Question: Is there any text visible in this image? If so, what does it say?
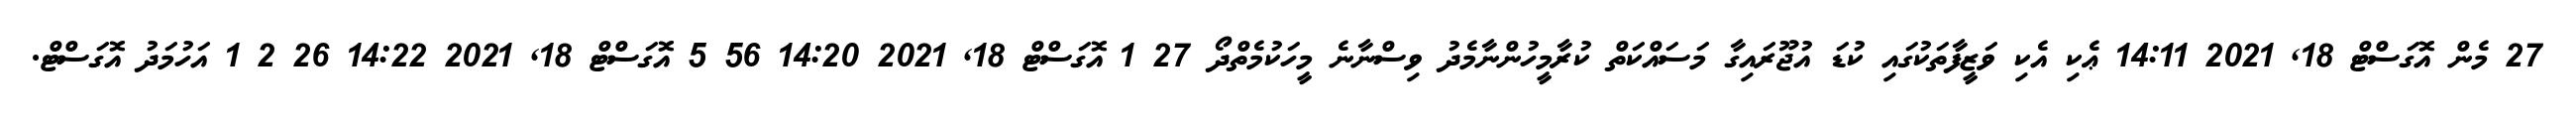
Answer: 27 މެން އޮގަސްޓް 18, 2021 14:11 ޢެކި އެކި ވަޒީފާތަކުގައި ކުޑަ އުޖޫރައިގާ މަސައްކަތް ކުރާމީހުންނާމެދު ވިސްނާނެ މީހަކުމެތްދޯ 27 1 އޮގަސްޓް 18, 2021 14:20 56 5 އޮގަސްޓް 18, 2021 14:22 26 2 1 އަހުމަދު އޮގަސްޓް.